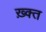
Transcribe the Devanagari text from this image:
ख़्क्त